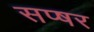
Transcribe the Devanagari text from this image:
सप्षर